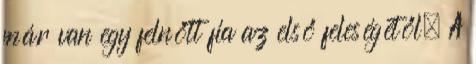
már van egy felnőtt fia az első feleségétől. A